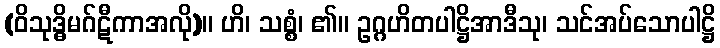
(ဝိသုဒ္ဓိမဂ်ဋီကာအလို)။ ဟိ၊ သစ္စံ၊ ၏။ ဥဂ္ဂဟိတပါဋ္ဌိအာဒီသု၊ သင်အပ်သောပါဋ္ဌိ